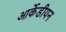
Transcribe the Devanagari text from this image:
आर्केडीयन